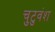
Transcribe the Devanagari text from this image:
चुटुवंश